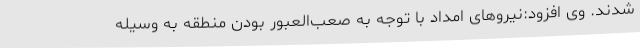
شدند. وی افزود:نیروهای امداد با توجه به صعب‌العبور بودن منطقه به وسیله